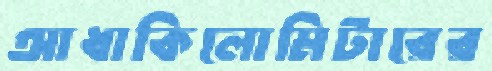
আধাকিলোমিটারের